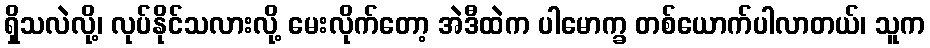
ရှိသလဲလို့၊ လုပ်နိုင်သလားလို့ မေးလိုက်တော့ အဲဒီထဲက ပါမောက္ခ တစ်ယောက်ပါလာတယ်၊ သူက